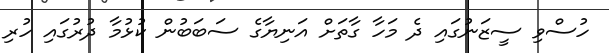
ހުސްވި ސީޒަނުގައި ދެ މަހާ ގާތަށް އަނިޔާގެ ސަބަބުން ކުޅުމާ ދުރުގައި ހުރި